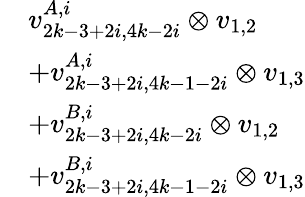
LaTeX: \begin{array}{rl}&{v_{2k-3+2i,4k-2i}^{A,i}\otimes v_{1,2}}\\ &{+v_{2k-3+2i,4k-1-2i}^{A,i}\otimes v_{1,3}}\\ &{+v_{2k-3+2i,4k-2i}^{B,i}\otimes v_{1,2}}\\ &{+v_{2k-3+2i,4k-1-2i}^{B,i}\otimes v_{1,3}}\end{array}